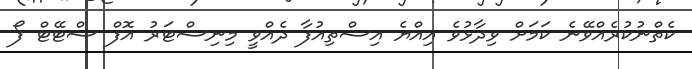
ކެތްނުކުރެއްވޭނެ ކަމަށް ވިދާޅުވެ އިއްޔެ އިސްތިއުފާ ދެއްވީ މިނިސްޓަރު އޮފް ސްޓޭޓް ފޯ